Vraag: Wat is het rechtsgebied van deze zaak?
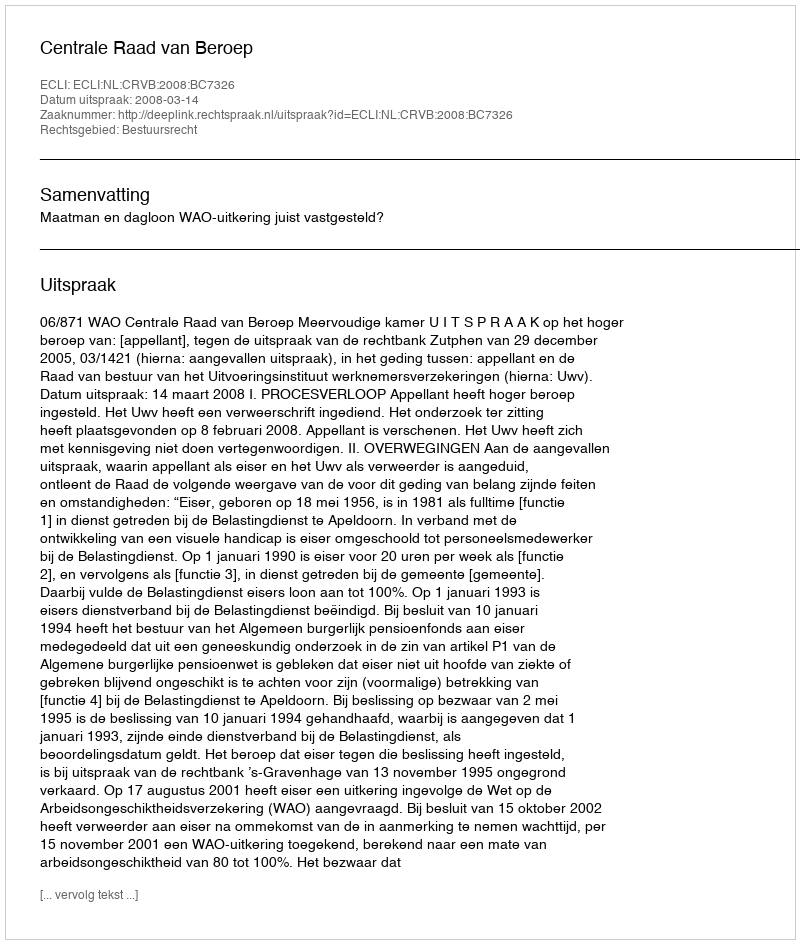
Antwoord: Bestuursrecht